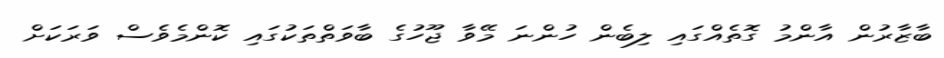
ބާޒާރުން އާންމު ގޮތެއްގައި ލިބެން ހުންނަ މޭވާ ޖޫހުގެ ބާވަތްތަކުގައި ކޮންމެވެސް ވަރަކަށް